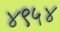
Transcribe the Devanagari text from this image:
४९५४